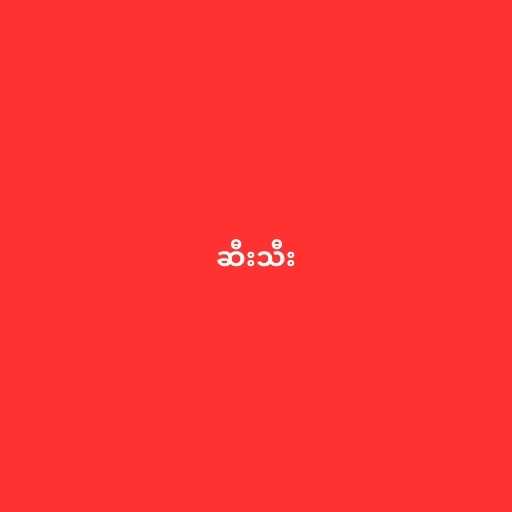
ဆီးသီး